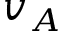
v _ { A }